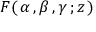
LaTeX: \: F ( \, \alpha \, , \beta \, , \gamma \, ; z \, ) \: